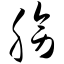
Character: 膀